Civil Veterinary Department Bihar & Orissa reports 1922-29 - 1922-1929
Year: 1922
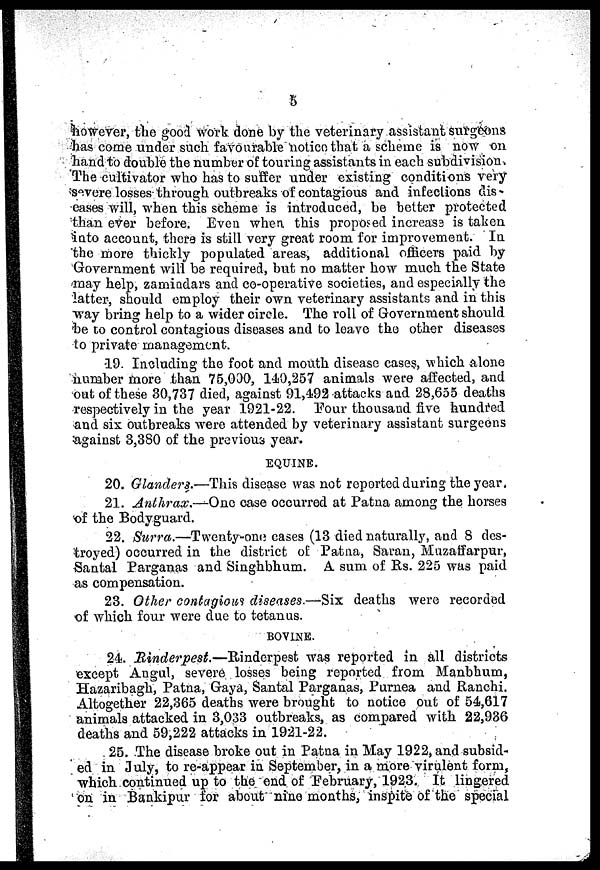
5
however, the good work done by the veterinary assistant surgeons
has come under such favourable notion that a scheme is now on
hand to double the number of touring assistants in each subdivision.
The cultivator who has to suffer under existing conditions very
severe losses through outbreaks of contagious and infections dis-
eases will, when this scheme is introduced, be better protected
than ever before. Even when this proposed increass is taken
into account, there is still very great room for improvement. In
the more thickly populated areas, additional officers paid by
Government will be required, but no matter how much the State
may help, zamiadars and co-operative societies, and especially the
latter, should employ their own veterinary assistants and in this
way bring help to a wider circle. The roll of Government should
be to control contagious diseases and to leave the other diseases
to private management.
19. Including the foot and mouth disease cases, which Alone
number more than 75,000, 149,257 animals were affected, and
out of these 30,737 died, against 91,492 attacks and 28,655 deaths
respectively in the year 1921-22. Pour thousand five hundred
and six outbreaks were attended by veterinary assistant surgeons
against 3,380 of the previous year.
EQUINE.
20. Glanders.—This disease was not reported during the year.
21. Anthrax.—One case occurred at Patna among the horses
of the Bodyguard.
22. Surra.—Twenty-one cases (13 died naturally, and 8 des-
troyed) occurred in the district of Patna, Saran, Muzaffarpur,
Santal Parganas and Singhbhum. A sum of Rs. 225 was paid
as compensation.
23. Other contagious diseases.—Six deaths were recorded
of which four were due to tetanus.
BOVINE.
24. Rinderpest.—Rinderpest
was reported in all districts
except Angul, severe losses being reported from Manbhum,
Hazaribagh, Patna, Gaya, Santal Parganas, Purnea and Ranchi.
Altogether 22,365 deaths were brought to notice out of 54,617
animals attacked in 3,033 outbreaks, as compared with 22,936
deaths and 59,222 attacks in 1921-22.
25. The disease broke out in Patna in May 1922, and subsid-
ed in July, to re-appear in September, in a more virulent form,
which continued up to the end of February, 1923. It lingered
on in Bankipur for about nine months, inspite of the special